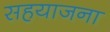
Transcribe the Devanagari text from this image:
सहयाजना